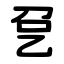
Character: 㐒